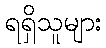
ရရှိသူများ